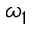
\omega _ { 1 }